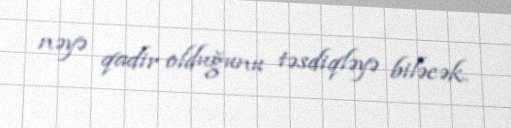
nəyə qadir olduğunu təsdiqləyə biləcək.